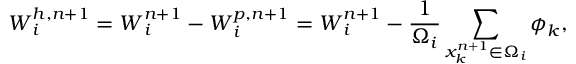
\boldsymbol { W } _ { i } ^ { h , n + 1 } = \boldsymbol { W } _ { i } ^ { n + 1 } - \boldsymbol { W } _ { i } ^ { p , n + 1 } = \boldsymbol { W } _ { i } ^ { n + 1 } - \frac { 1 } { \Omega _ { i } } \sum _ { x _ { k } ^ { n + 1 } \in \Omega _ { i } } \boldsymbol { \phi } _ { k } ,